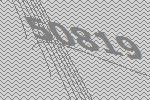
50819